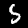
Label: 5